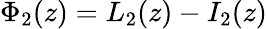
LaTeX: \Phi_{2}(z)=L_{2}(z)-I_{2}(z)